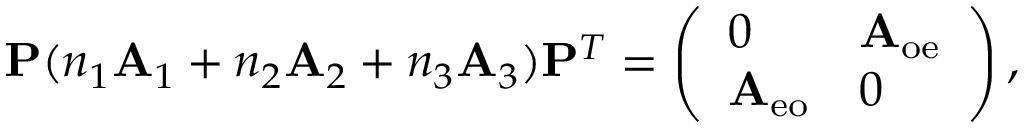
\mathbf { P } ( n _ { 1 } \mathbf { A } _ { 1 } + n _ { 2 } \mathbf { A } _ { 2 } + n _ { 3 } \mathbf { A } _ { 3 } ) \mathbf { P } ^ { T } = \left( \begin{array} { l l } { 0 } & { \mathbf { A } _ { \mathrm { o e } } } \\ { \mathbf { A } _ { \mathrm { e o } } } & { 0 } \end{array} \right) ,